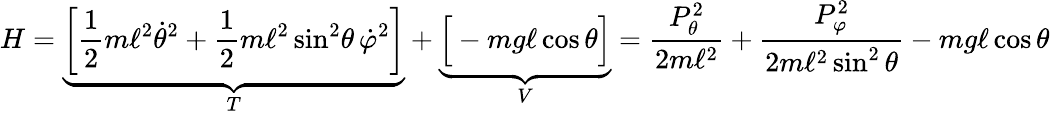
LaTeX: H=\underbrace{\left[{\frac{1}{2}}m\ell^{2}{\dot{\theta}}^{2}+{\frac{1}{2}}m\ell^{2}\sin^{2}\! \theta\, {\dot{\varphi}}^{2}\right]}_{T}+\underbrace{{\Big[}-mg\ell\cos\theta{\Big]}}_{V}={\frac{P_{\theta}^{2}}{2m\ell^{2}}}+{\frac{P_{\varphi}^{2}}{2m\ell^{2}\sin^{2}\theta}}-mg\ell\cos\theta